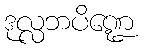
ဒုလ္လဘပိဏ္ဍေ